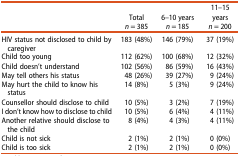
<table><thead><tr><td><b> </b></td><td><b>Total<i>n</i> = 385</b></td><td><b>6–10 years<i>n</i> = 185</b></td><td><b>11–15 years<i>n </i>= 200</b></td></tr></thead><tbody><tr><td>HIV status not disclosed to child by caregiver</td><td>183 (48%)</td><td>146 (79%)</td><td>37 (19%)</td></tr><tr><td>Child too young</td><td>112 (62%)</td><td>100 (68%)</td><td>12 (32%)</td></tr><tr><td>Child doesn&#x27;t understand</td><td>102 (56%)</td><td>86 (59%)</td><td>16 (43%)</td></tr><tr><td>May tell others his status</td><td>48 (26%)</td><td>39 (27%)</td><td>9 (24%)</td></tr><tr><td>May hurt the child to know his status</td><td>14 (8%)</td><td>5 (3%)</td><td>9 (24%)</td></tr><tr><td>Counsellor should disclose to child</td><td>10 (5%)</td><td>3 (2%)</td><td>7 (19%)</td></tr><tr><td>I don&#x27;t know how to disclose to child</td><td>10 (5%)</td><td>6 (4%)</td><td>4 (11%)</td></tr><tr><td>Another relative should disclose to the child</td><td>8 (4%)</td><td>4 (3%)</td><td>4 (11%)</td></tr><tr><td>Child is not sick</td><td>2 (1%)</td><td>2 (1%)</td><td>0 (0%)</td></tr><tr><td>Child is too sick</td><td>2 (1%)</td><td>2 (1%)</td><td>0 (0%)</td></tr></tbody></table>